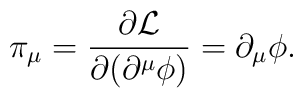
\pi_{\mu} =\frac{\partial {\cal L}}{\partial (\partial^{\mu}\phi)} =\partial_{\mu}\phi  .